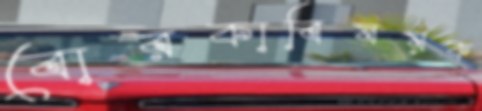
বোরকাবিষয়ক